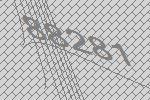
88281